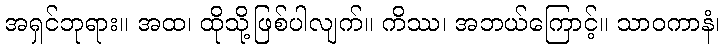
အရှင်ဘုရား။ အထ၊ ထိုသို့ဖြစ်ပါလျက်။ ကိဿ၊ အဘယ်ကြောင့်။ သာဝကာနံ၊